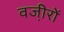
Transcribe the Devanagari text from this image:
वजी़रों